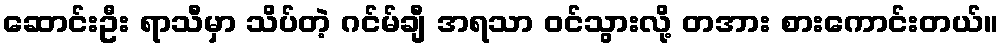
ဆောင်းဦး ရာသီမှာ သိပ်တဲ့ ဂင်မ်ချီ အရသာ ဝင်သွားလို့ တအား စားကောင်းတယ်။